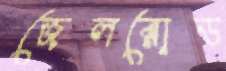
জেলরোড